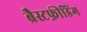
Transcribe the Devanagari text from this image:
ब्रैस्टफ़ीडिंग